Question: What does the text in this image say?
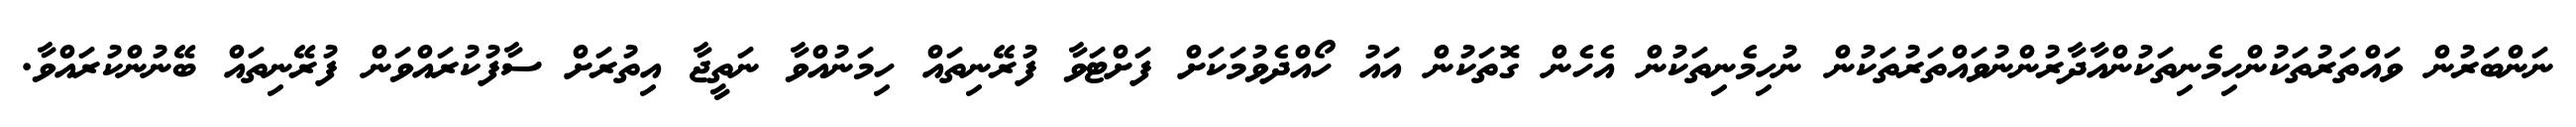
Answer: ނަންބަރުން ވައްތަރުތަކުންހިމެނިތަކުންއާދާރުންނުވައްތަރުތަކުން ނުހިމެނިތަކުން އެހެން ގޮތަކުން އައު ހޯއްދެވުމަކަށް ފަށްޓަވާ ފުރޭނިތައް ހިމަނުއްވާ ނަތީޖާ އިތުރަށް ސާފުކުރައްވަން ފުރޭނިތައް ބޭނުންކުރައްވާ.